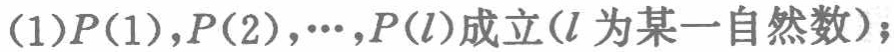
(1)$P(1),P(2),\cdots,P(l)$成立($l$为某一自然数)；